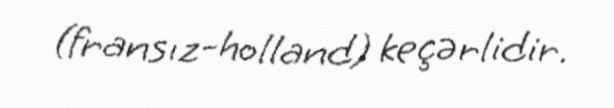
(fransız-holland) keçərlidir.